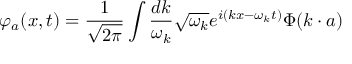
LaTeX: \varphi _ { a } ( x , t ) = { \frac { 1 } { \sqrt { 2 \pi } } } \int { \frac { d k } { \omega _ { k } } } \sqrt { \omega _ { k } } e ^ { i ( k x - \omega _ { k } t ) } \Phi ( k \cdot a )